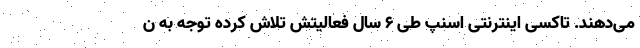
می‌دهند. تاکسی اینترنتی اسنپ طی ۶ سال فعالیتش تلاش کرده توجه به ن